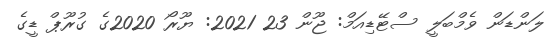
ލަންޑަން ވެމްބަލީ ސްޓޭޑިއަމް: ޖޫން 23 2021: ޔޫރޯ 2020ގެ ގުރޫޕް ޑީގެ